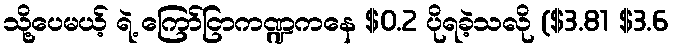
သို့ပေမယ့် ရဲ့ ကြော်ငြာကဏ္ဍကနေ $0.2 ပိုရခဲ့သလို ($3.81 $3.6